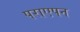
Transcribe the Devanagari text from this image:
पराएपन